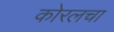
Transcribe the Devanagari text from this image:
कोरलचा